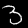
Digit: 3